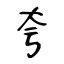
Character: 夸